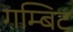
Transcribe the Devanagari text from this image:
गम्बिट